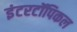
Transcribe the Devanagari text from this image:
इंटरटॉपिकल